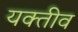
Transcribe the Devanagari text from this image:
यक्तीव